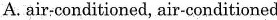
A. air-conditioned, air-conditioned